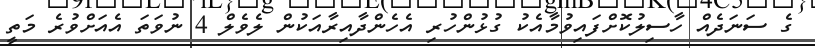
ގެ ސަނަދެއް ހާސިލުކޮށްފައިވުމާއެކު ގުޅުންހުރި އެހެންދާއިރާއަކުން ލެވެލް 4 ނުވަތަ އެއަށްވުރެ މަތީ